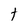
Character: t